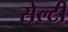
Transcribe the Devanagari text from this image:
सेल्टी